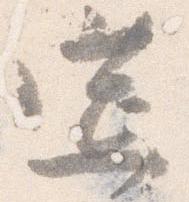
筵